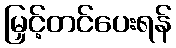
မြှင့်တင်ပေးရန်